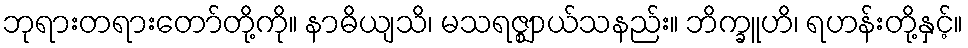
ဘုရားတရားတော်တို့ကို။ နာဓိယျသိ၊ မသရဇ္ဈာယ်သနည်း။ ဘိက္ခူဟိ၊ ရဟန်းတို့နှင့်။